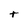
Character: t